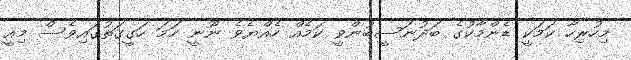
މިހުރިހާ ކަމަކީ ޑެންމާކުގެ ބަދުނަސީބުންވީ ކަމެއް ހެއްޔެވެ ނޫނީ ހަމަ ހަގީގަތުގައިވެސް މިއީ